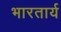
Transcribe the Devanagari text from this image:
भारतार्य